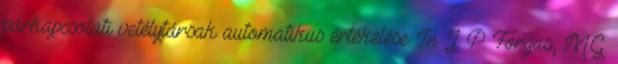
párkapcsolati vetélytársak automatikus értékelése. In J. P. Forgas, M.G.